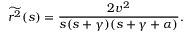
{ \widetilde { r ^ { 2 } } } ( s ) = \frac { 2 v ^ { 2 } } { s ( s + \gamma ) ( s + \gamma + \alpha ) } .